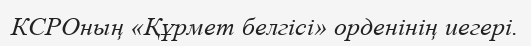
КСРОның «Құрмет белгісі» орденінің иегері.